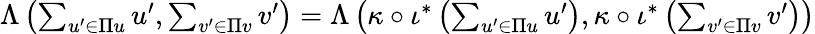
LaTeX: \begin{array}{r}{\Lambda\left(\sum_{u^{\prime}\in\Pi u}u^{\prime},\sum_{v^{\prime}\in\Pi v}v^{\prime}\right)=\Lambda\left(\kappa\circ\iota^{*}\left(\sum_{u^{\prime}\in\Pi u}u^{\prime}\right),\kappa\circ\iota^{*}\left(\sum_{v^{\prime}\in\Pi v}v^{\prime}\right)\right)}\end{array}